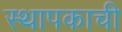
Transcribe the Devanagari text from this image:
स्थापकाची